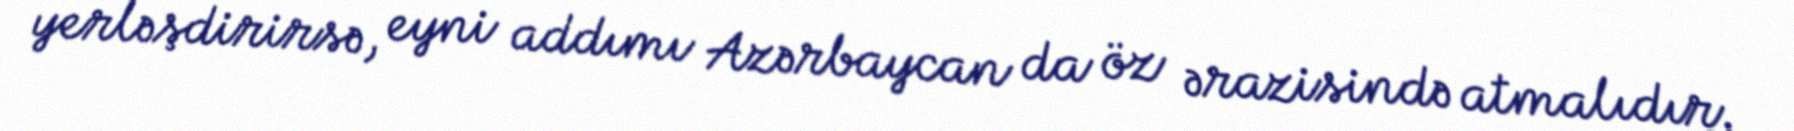
yerləşdirirsə, eyni addımı Azərbaycan da öz ərazisində atmalıdır.